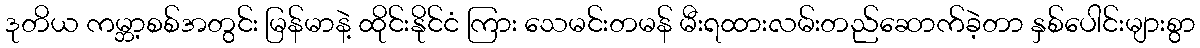
ဒုတိယ ကမ္ဘာ့စစ်အတွင်း မြန်မာနဲ့ ထိုင်းနိုင်ငံ ကြား သေမင်းတမန် မီးရထားလမ်းတည်ဆောက်ခဲ့တာ နှစ်ပေါင်းများစွာ